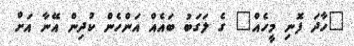
"ހާދަ ފޮނި މީހެއް" ގެ ލަގަބު ބައެއް އަންހެން ކުދިން އޭނާ އަށް